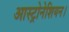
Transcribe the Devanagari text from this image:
आस्ट्रोनेशियन।